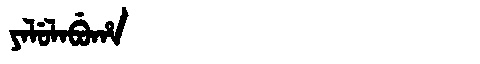
Manchu: ᠶᠠᠯᡠᠯᠠᠪᡠᡥᠠ
Romanization: YALULABUHA